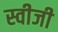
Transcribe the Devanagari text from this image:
स्वीजी